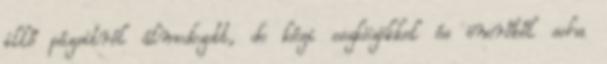
illő pázsitról álmodozott, de kézi eszközökkel és önerőből soha